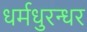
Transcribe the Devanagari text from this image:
धर्मधुरन्धर